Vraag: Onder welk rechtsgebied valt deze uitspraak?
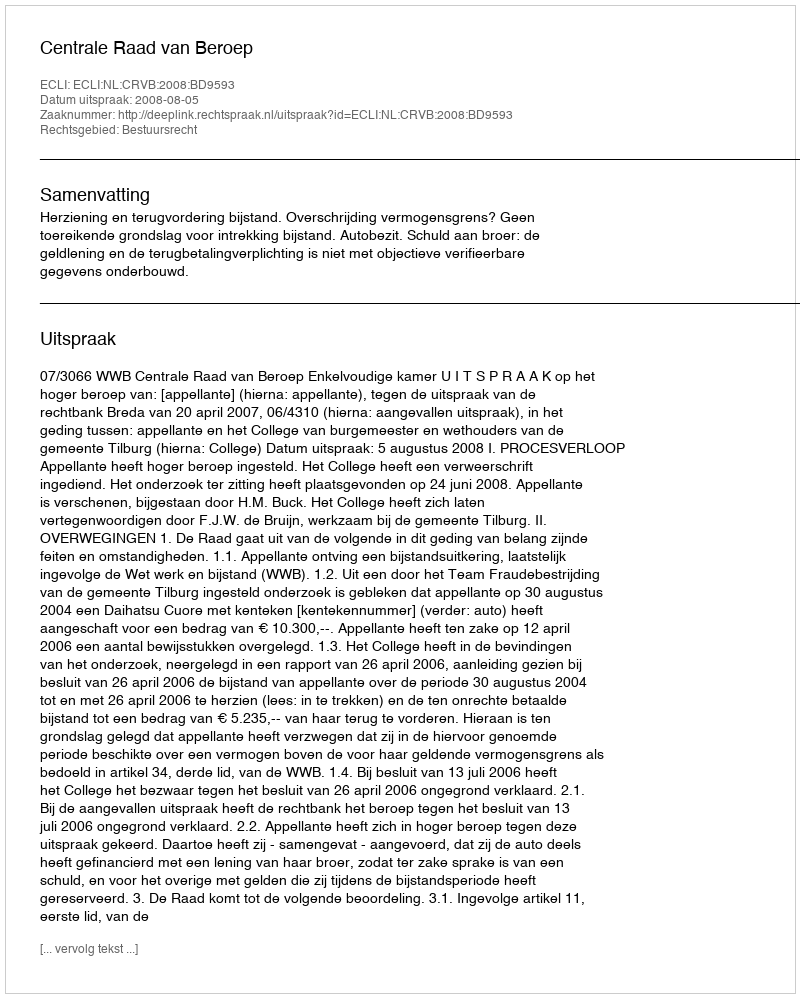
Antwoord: Bestuursrecht